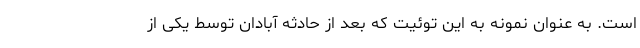
است. به عنوان نمونه به این توئیت که بعد از حادثه آبادان توسط یکی از